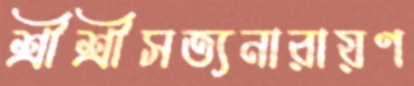
শ্রীশ্রীসত্যনারায়ণ